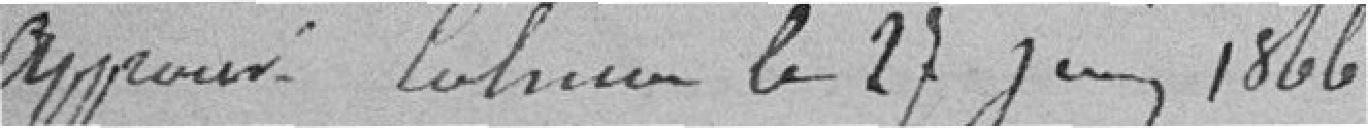
approuvé Colmar le 27 juin 1866